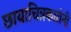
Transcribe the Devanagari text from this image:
छायाचित्रकारांनी